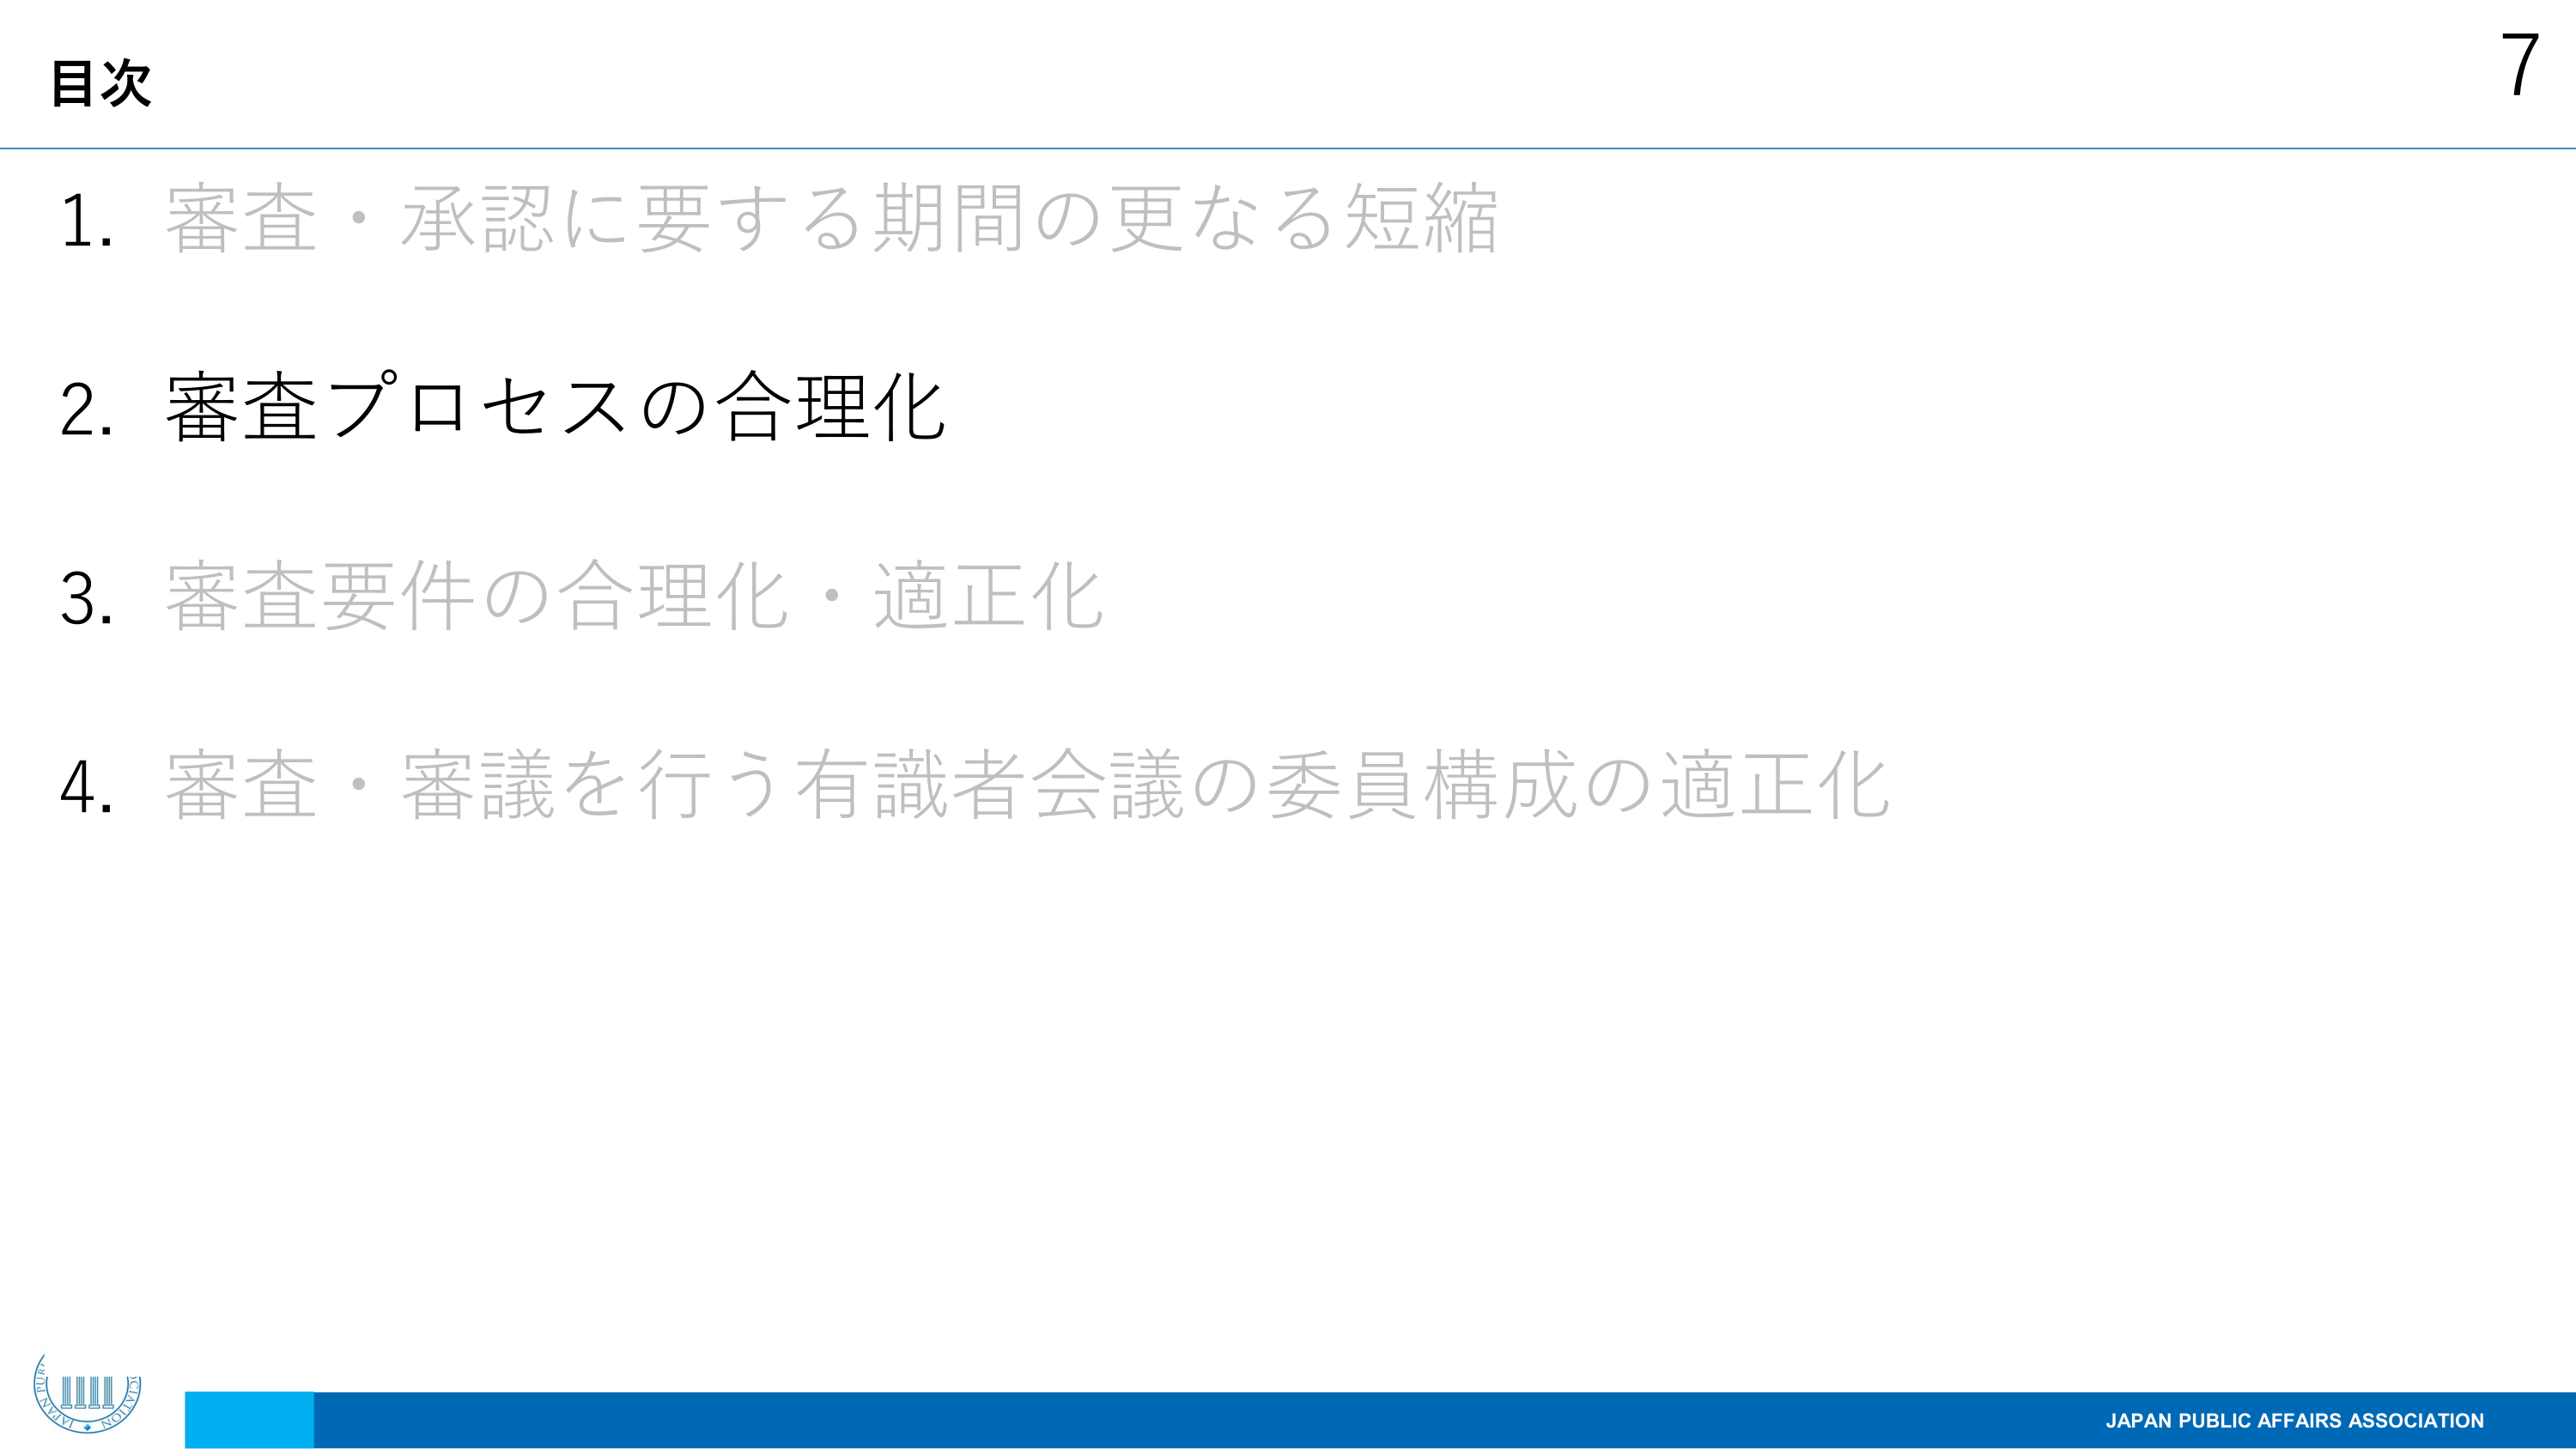
目次
1. 審査・承認に要する期間の更なる短縮
2. 審査プロセスの合理化
3. 審査要件の合理化・適正化
4. 審査・審議を行う有識者会議の委員構成の適正化
7
JAPAN PUBLIC AFFAIRS ASSOCIATION